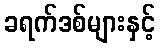
ခရက်ဒစ်များနှင့်